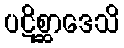
ပဋိစ္ဆာဒေသိ